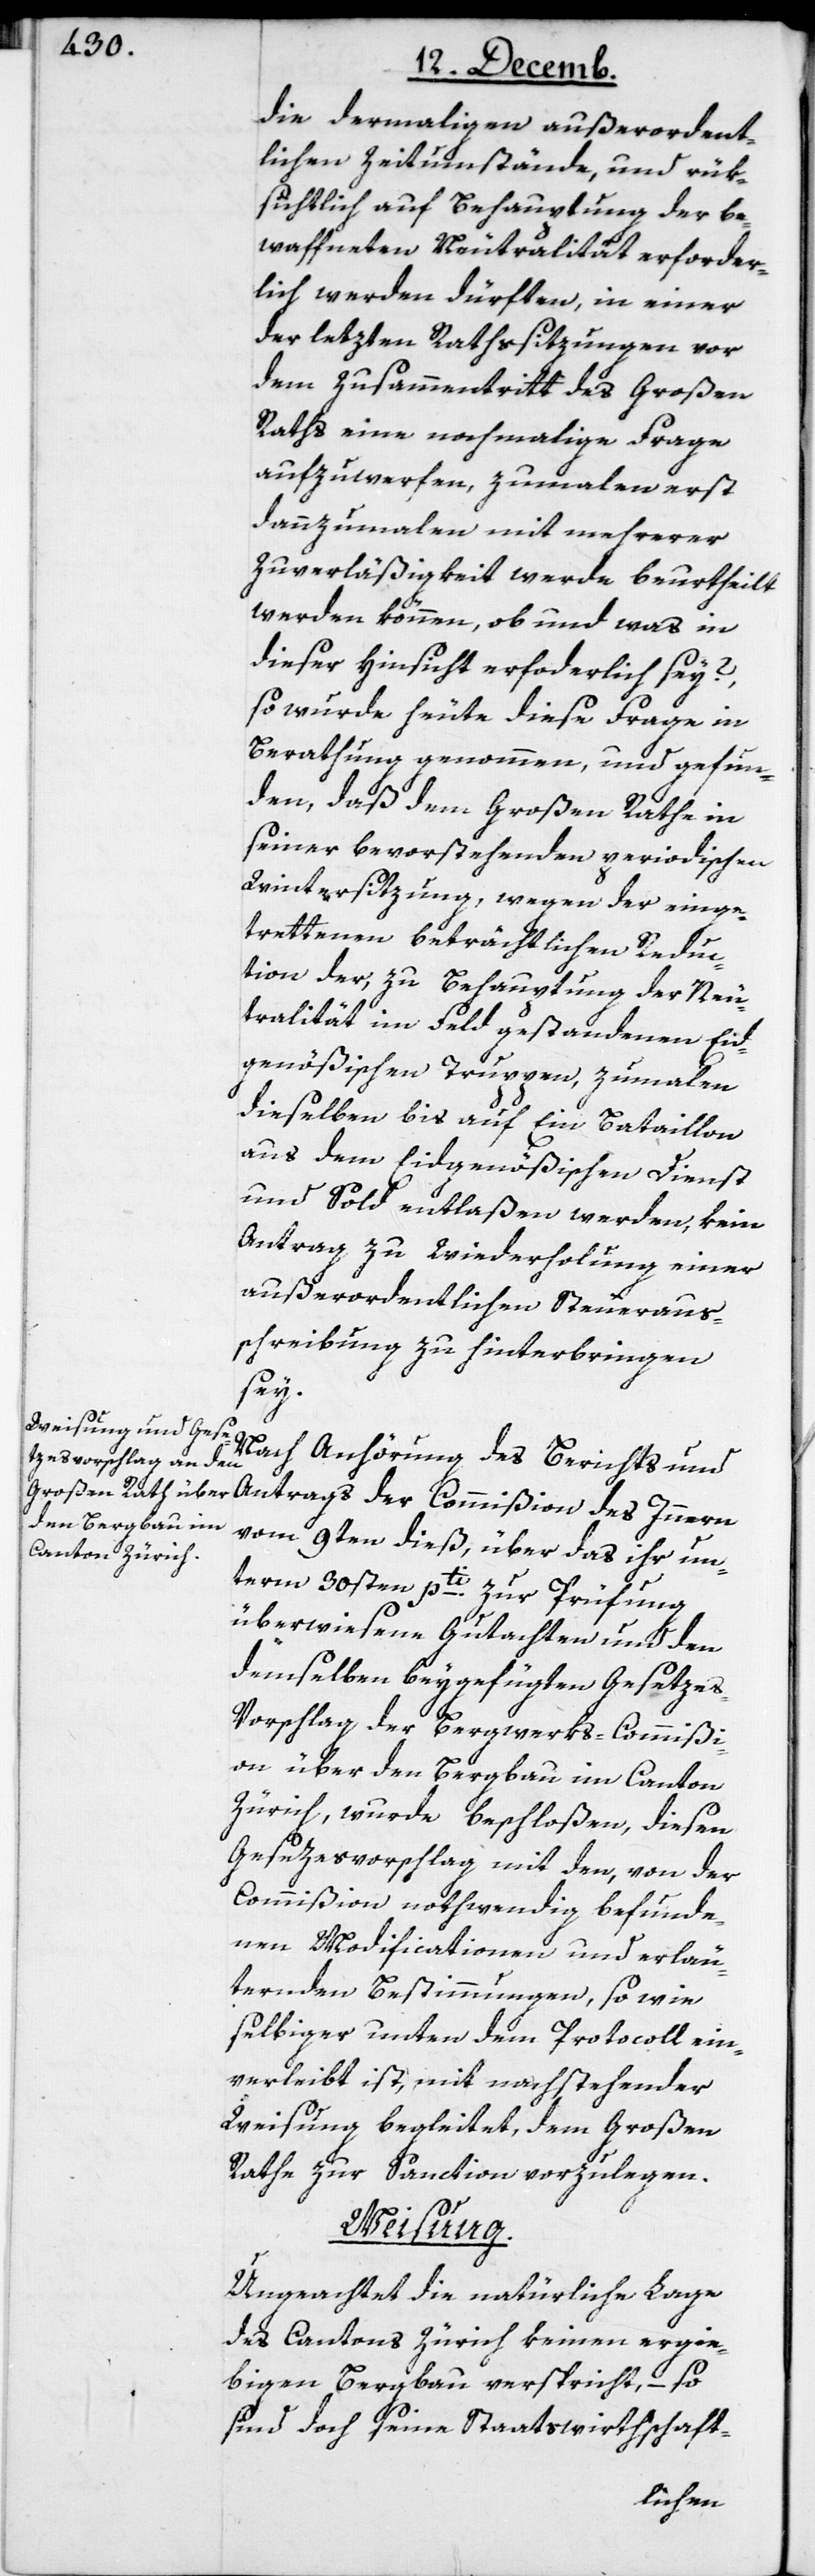
die dermaligen außerordent¬
lichen Zeitumstände, und rük¬
sichtlich auf Behauptung der be¬
waffneten Neutralität erforder¬
lich werden dürften, in einer
der letzten Rathssitzungen vor
dem Zusammentritt des Großen
Raths eine nochmahlige Frage
aufzuwerfen, zumalen erst
dannzumalen mit mehrerer
Zuverläßigkeit werde beurtheilt
werden können, ob und was in
dieser Hinsicht erforderlich sey?,
so wurde heute diese Frage in
Berathung genommen, und gefun¬
den, daß dem Großen Rathe in
seiner bevorstehenden periodischen
Wintersitzung, wegen der einge¬
trettenen beträchtlichen Reduc¬
tion der, zu Behauptung der Neu¬
tralität im Feld gestandenen Eid¬
genößischen Truppen, zumalen
dieselben bis auf Ein Bataillon
aus dem Eidgenößischen Dienst
und Sold entlaßen werden, kein
Antrag zu Wiederholung einer
außerordentlichen Steueraus¬
schreibung zu hinterbringen
sey.
Nach Anhörung des Berichts und
Antrags der Commißion des Innern
vom 9ten dieß, über das ihr un¬
term 30sten pti. zur Prüfung
überwiesene Gutachten und den
demselben beygefügten Gesetze¬
s-Vorschlag der Bergwerks-Commißi¬
on über den Bergbau im Canton
Zürich, wurde beschloßen, diesen
Gesetzesvorschlag mit den, von der
Commißion nothwendig befunde¬
nen Modificationen und erläu¬
ternden Bestimmungen, so wie
selbiger unter dem Protocoll ein¬
verleibt ist, mit nachstehender
Weisung begleitet, dem Großen
Rathe zur Sanction vorzulegen.
Weisung.
Ungeachtet die natürliche Lage
des Cantons Zürich keinen ergie¬
bigen Bergbau verspricht, – so
sind doch seine Staatswirthschaft-